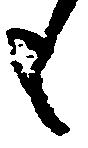
も